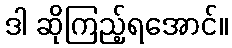
ဒါ ဆိုကြည့်ရအောင်။